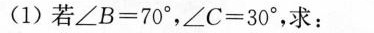
(1)若$$∠ B = 7 0 °$$，$$∠ C = 3 0 °$$，求：